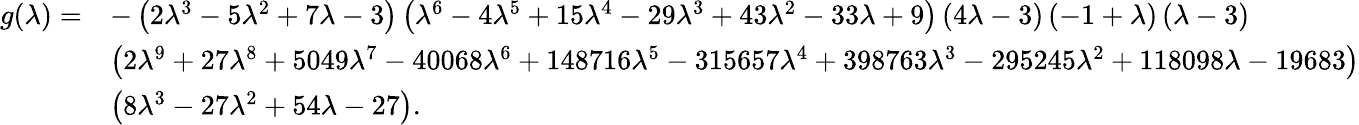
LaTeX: \begin{array}{rl}{g(\lambda)=}&{-\left(2\lambda^{3}-5\lambda^{2}+7\lambda-3\right)\left(\lambda^{6}-4\lambda^{5}+15\lambda^{4}-29\lambda^{3}+43\lambda^{2}-33\lambda+9\right)\left(4\lambda-3\right)\left(-1+\lambda\right)\left(\lambda-3\right)}\\ &{\left(2\lambda^{9}+27\lambda^{8}+5049\lambda^{7}-40068\lambda^{6}+148716\lambda^{5}-315657\lambda^{4}+398763\lambda^{3}-295245\lambda^{2}+118098\lambda-19683\right)}\\ &{\left(8\lambda^{3}-27\lambda^{2}+54\lambda-27\right).}\end{array}